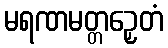
မရဏမတ္တဉှေတံ